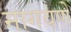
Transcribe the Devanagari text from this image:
मागवणे